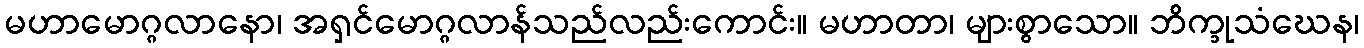
မဟာမောဂ္ဂလာနော၊ အရှင်မောဂ္ဂလာန်သည်လည်းကောင်း။ မဟာတာ၊ များစွာသော။ ဘိက္ခုသံဃေန၊